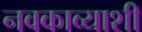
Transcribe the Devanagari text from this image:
नवकाव्याशी